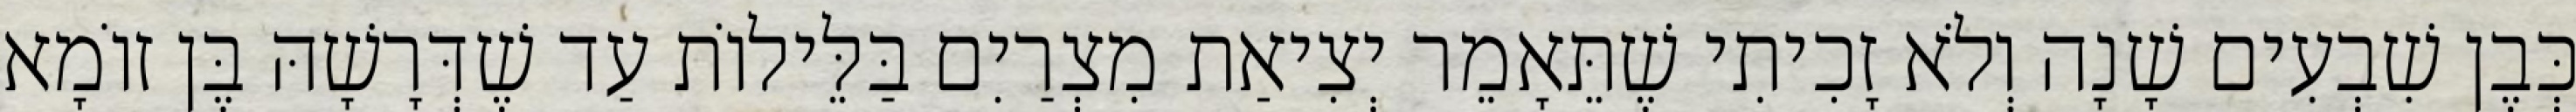
כְּבֶן שִׁבְעִים שָׁנָה וְלֹא זָכִיתִי שֶׁתֵּאָמֵר יְצִיאַת מִצְרַיִם בַּלֵּילוֹת עַד שֶׁדְּרָשָׁהּ בֶּן זוֹמָא